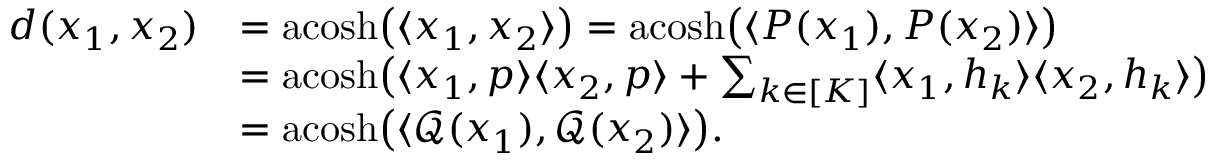
\begin{array} { r l } { d ( x _ { 1 } , x _ { 2 } ) } & { = \mathrm { a c o s h } \big ( \langle x _ { 1 } , x _ { 2 } \rangle \big ) = \mathrm { a c o s h } \big ( \langle P ( x _ { 1 } ) , P ( x _ { 2 } ) \rangle \big ) } \\ & { = \mathrm { a c o s h } \big ( \langle x _ { 1 } , p \rangle \langle x _ { 2 } , p \rangle + \sum _ { k \in [ K ] } \langle x _ { 1 } , h _ { k } \rangle \langle x _ { 2 } , h _ { k } \rangle \big ) } \\ & { = \mathrm { a c o s h } \big ( \langle \mathcal { Q } ( x _ { 1 } ) , \mathcal { Q } ( x _ { 2 } ) \rangle \big ) . } \end{array}